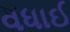
વધાઈ